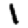
Digit: 1